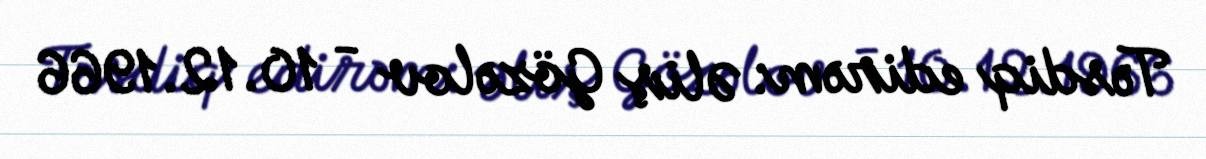
Təsdiq edirəm: Əliş Gözəlov - 10.12.1966